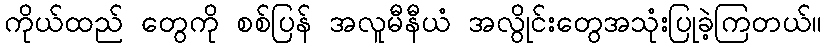
ကိုယ်ထည် တွေကို စစ်ပြန် အလူမီနီယံ အလွိုင်းတွေအသုံးပြုခဲ့ကြတယ်။